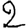
Digit: 2